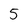
Character: 5